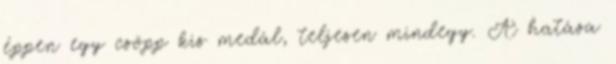
éppen egy csöpp kis medál, teljesen mindegy. A hatása